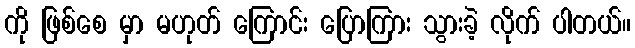
ကို ဖြစ်စေ မှာ မဟုတ် ကြောင်း ပြောကြား သွားခဲ့ လိုက် ပါတယ်။